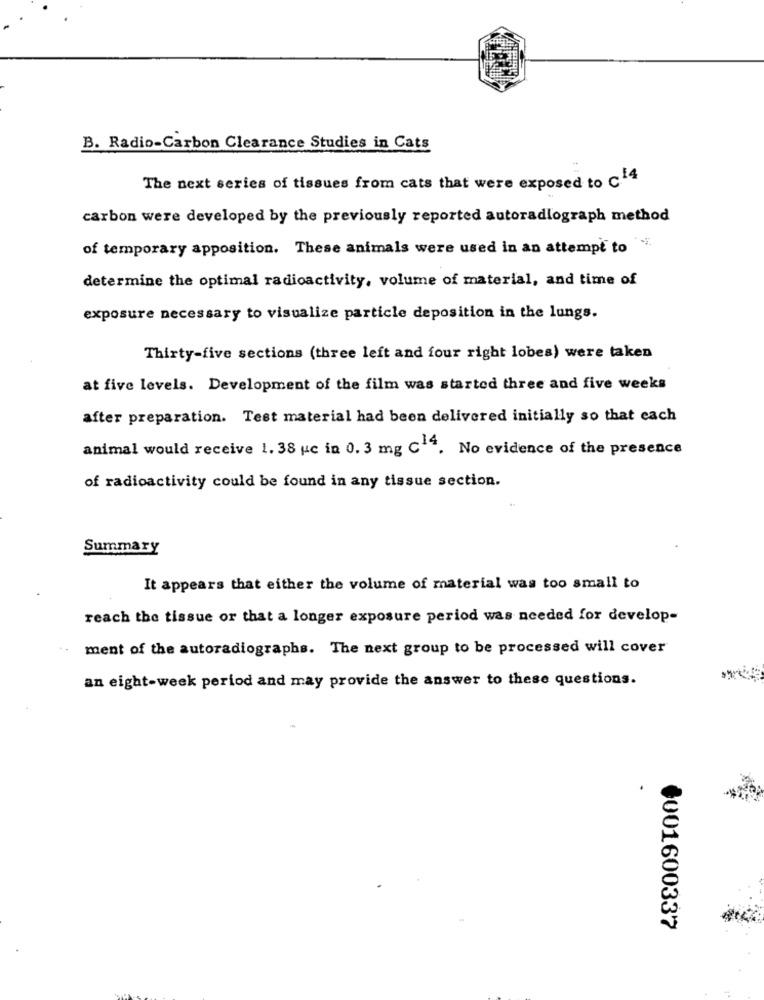
B. Radio-Carbon Clearance Studies in Cats
The next series of tissues from cats that were exposed to C14
carbon were developed by the previously reported autoradiograph method
of temporary apposition. These animals were used in an attempt to
determine the optimal radioactivity, volume of material, and time of
exposure necessary to visualize particle deposition in the lungs.
Thirty-five sections (three left and four right lobes) were taken
at five levels. Development of the film was started three and five weeks
after preparation. Test material had been delivered initially so that each
animal would receive 1. 38 uc in 0. 3 mg C14. No evidence of the presence
of radioactivity could be found in any tissue section.
Summary
It appears that either the volume of material was too small to
reach the tissue or that a longer exposure period was needed for develop-
..
ment of the autoradiographs. The next group to be processed will cover
an eight-week period and may provide the answer to these questions.
0001600337